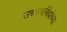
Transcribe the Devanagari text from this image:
उच्चवर्गियांच्या